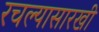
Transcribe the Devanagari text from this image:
रचल्यासारखी